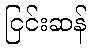
ငြင်းဆန်